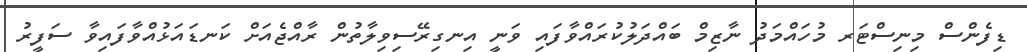
ޑިފެންސް މިނިސްޓަރ މުހައްމަދު ނާޒިމް ބައްދަލުކުރައްވާފައި ވަނީ އިނގިރޭސިވިލާތުން ރާއްޖެއަށް ކަނޑައަޅުއްވާފައިވާ ސަފީރު